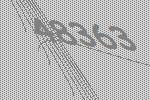
48363